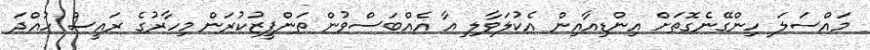
މައްސަލަ ހިންގޭނެގޮތަށް އިންޑިއާއިން އެކުލަވާލި އާ އެއްބަސްވުން ތަންފީޒުކުރަން މިހާރުގެ ރައީސް ހުއްދަ